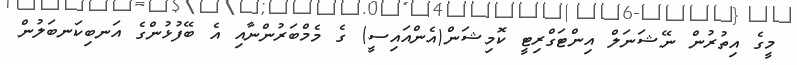
މީގެ އިތުރުން ނޭޝަނަލް އިންޓަގްރިޓީ ކޮމިޝަން(އެންއައިސީ) ގެ މެމްބަރުންނާއި އެ ބޭފުޅުންގެ އަނބިކަނބަލުން